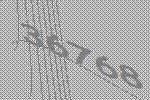
36768